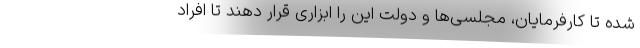
شده تا کارفرمایان، مجلسی‌ها و دولت این را ابزاری قرار دهند تا افراد